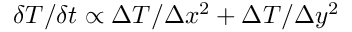
\delta T / \delta t \propto \Delta T / \Delta x ^ { 2 } + \Delta T / \Delta y ^ { 2 }